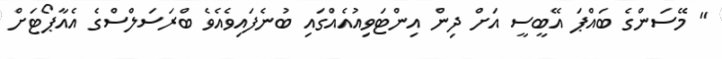
" މޭސަންގެ ބައްޕަ އޭބީސީ އަށް ދިން އިންޓަވިއުއެއްގައި ބުނެފައިވެއެވެ ބްރަސަލްސްގެ އެއާޕޯޓަށް